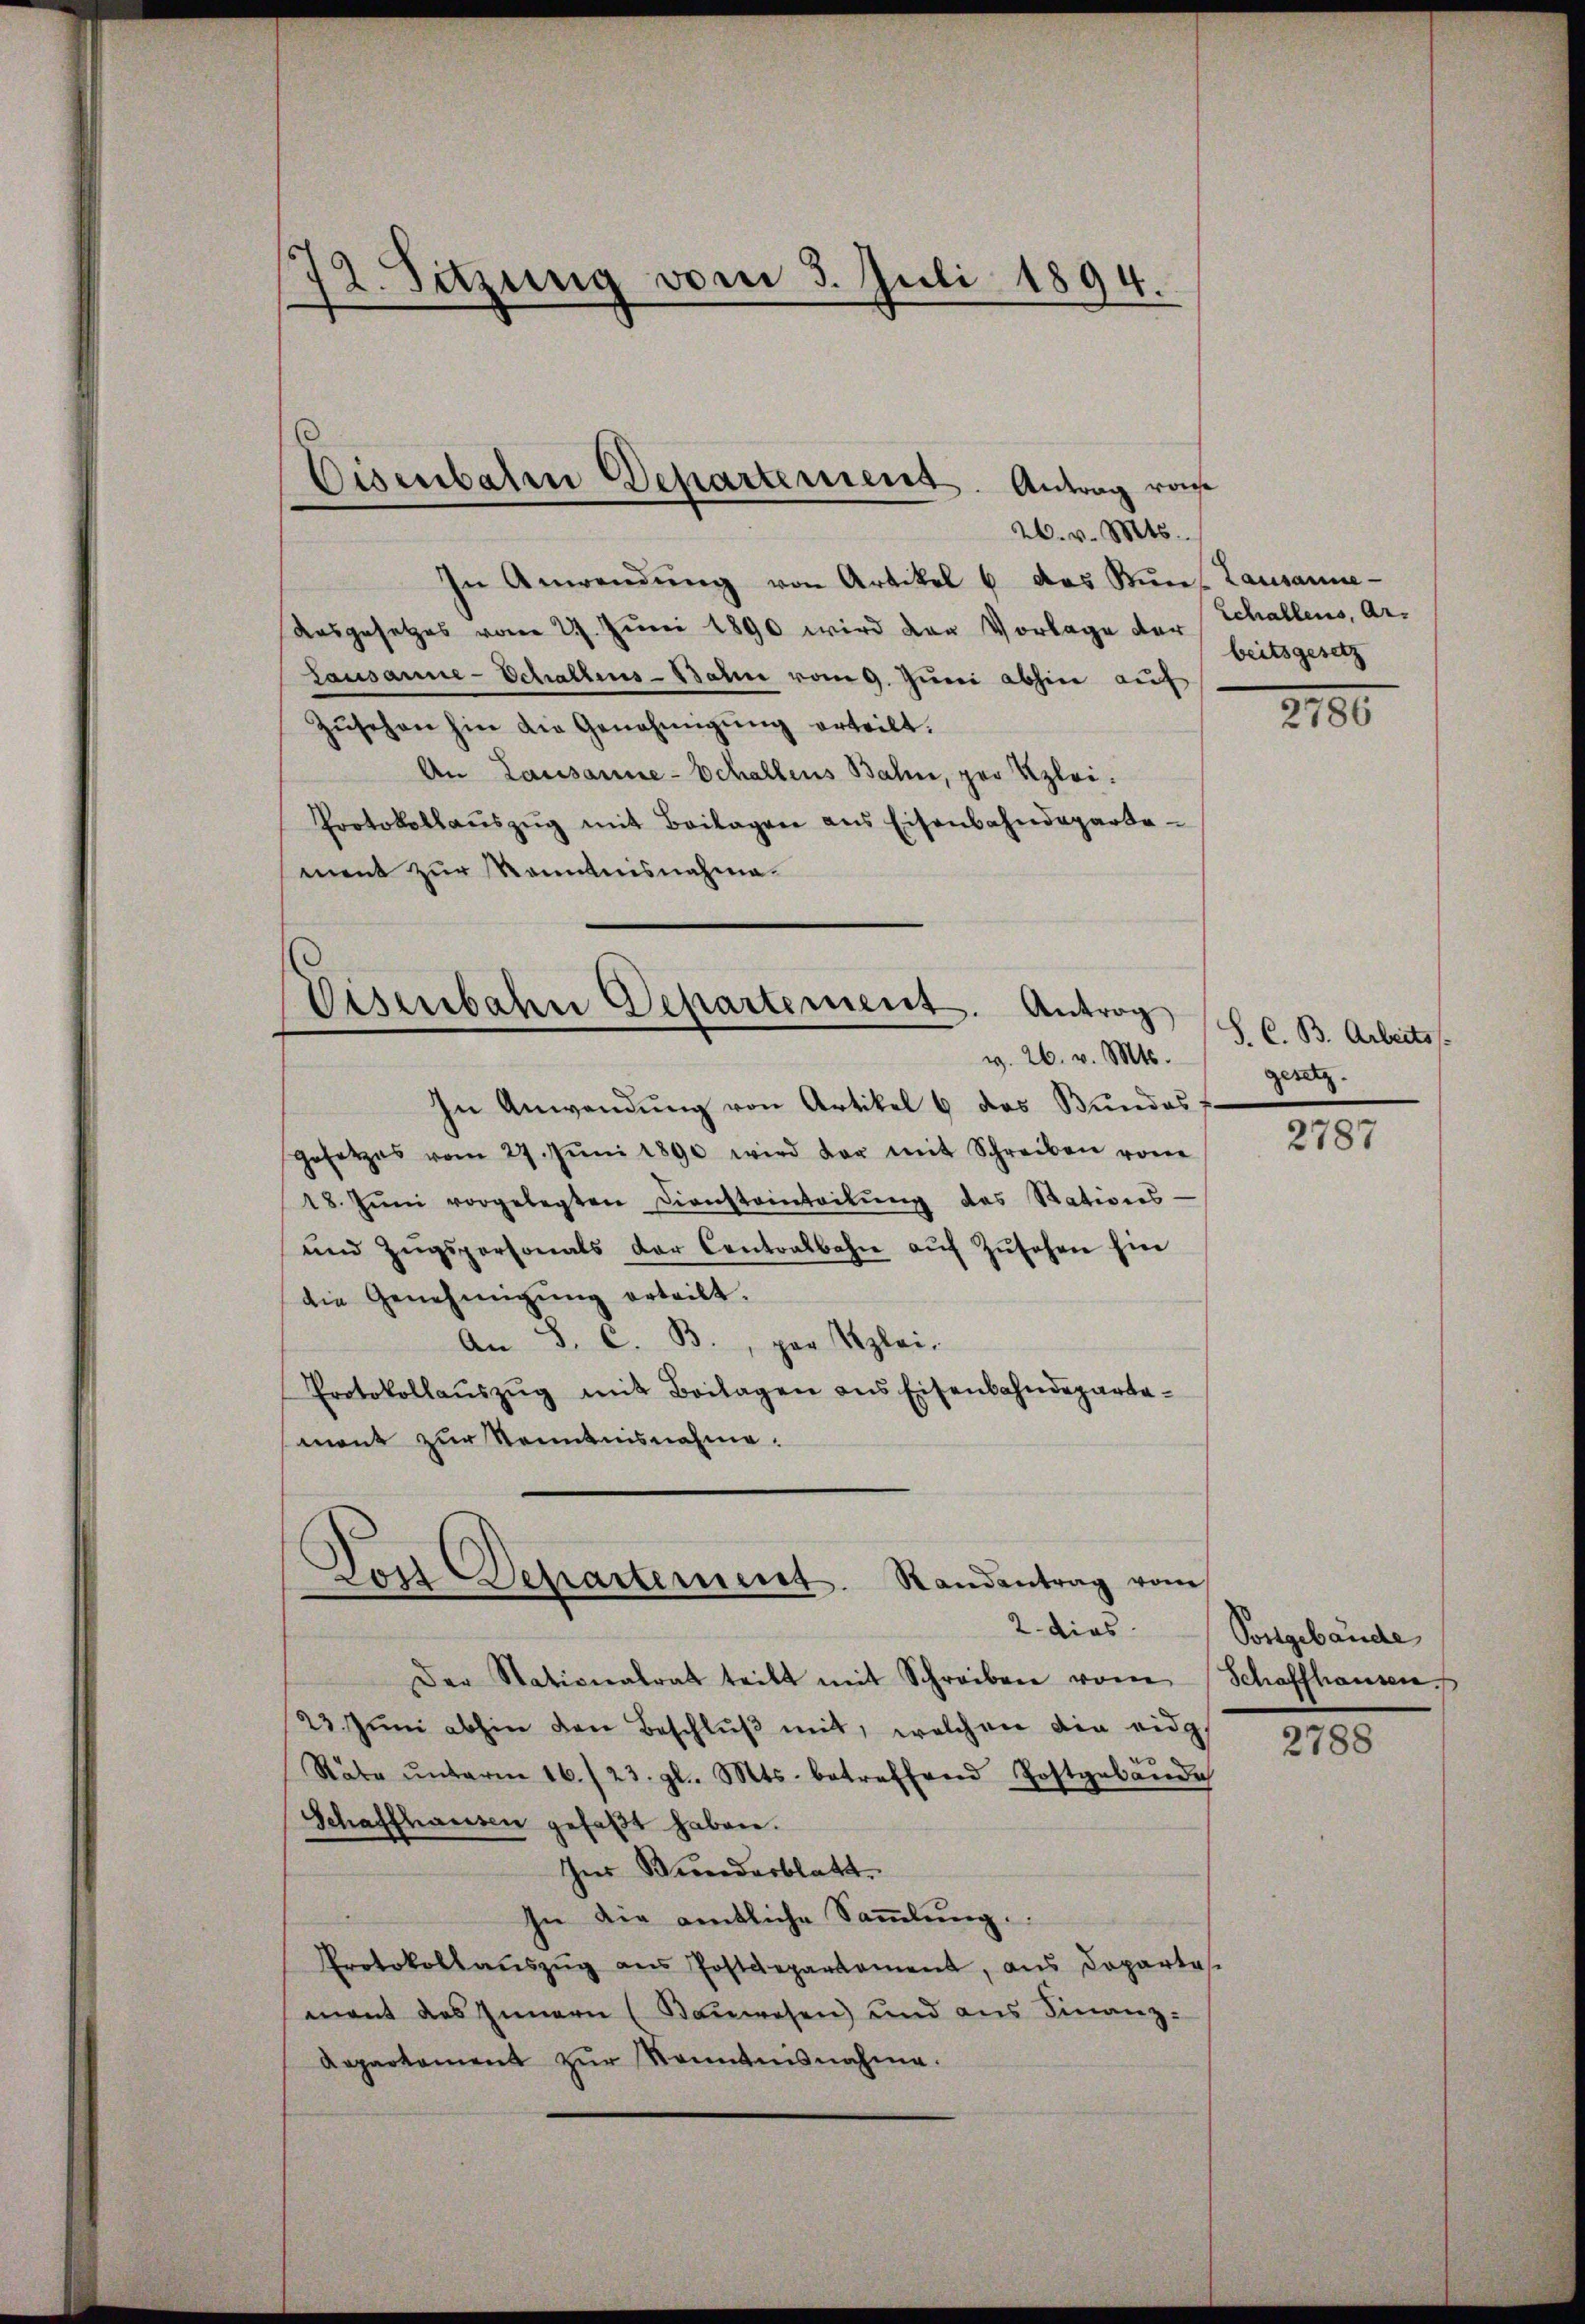
12. Sitzung vom 3. Juli 1894.

26. v. Mts.
In Anwendŭng von Artikel u. das Kŭrs Lausanne-
Aasgesetzes vom 27. Juni 1890 wird der Vorlage der
Lausanne-Schallens-Bahn vom 9. Juni abhin auf
zŭsehen hin die Genehmigŭng erteilt.
An Lausanne-Echallens Bahn, per Klei¬
Protokollaŭszŭg mit Beilagen ans Eisenbahndeparte
ment zur Kenntnisnahme.

Eisenbaten Departemens. Antrag vo

Eisenbahn Departement. Antrag
v. 26. v. Mts.

In Anwendung von Artikel 6 das Bundes
gesetzes vom 27. Jŭni 1890 wird der mit Schreiben von
18. Jŭni vorgelegten Diensteinteilŭng des Stations-
und Zŭgspersonals der Centralbahn aŭf Zŭsehen hin
die Genehmigŭng erteilt.
An S. C. B., par Szlei-
Protokollaŭszŭg mit Beilagen ans Eisenbahndeparta-
mant zur Kenntnisnahme.

Randantrag vom
Dos Departement.

2. dies
Der Stationalrat teilt mit Schreiben vom Schaffhausen,
23. Jŭni abhin den Beschlŭβ mit, welchen die eidg
Räte ŭnterm 16./23. gl. Mts. betreffend Postgebäŭde
Schaffhausen gefaßt haben.
Ins Bundesblatt.
In die amtliche Saṁlŭng.
Protokollaŭszŭg ans Postdepartament, aus Departes
mant des Innern (Bauwesen) und aus Finanz-
Aepartament zŭr Kenntnisnahme.

Schallens, Arbeitsgesetz

2180

S. C. B. Arbeitss
gesetz.

2787

Postgebäude

2788